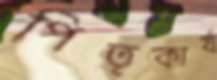
পিতৃকার্য